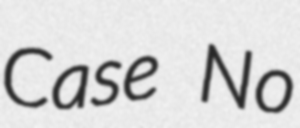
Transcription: Case No